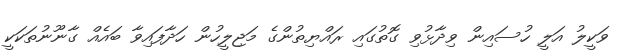
ވަކީލު އަލީ ހުސައިން ވިދާޅުވި ގޮތުގައި ރައްޔިތުންގެ މަޖިލީހުން ހަދާފައިވާ ބައެއް ގާނޫނުތަކަކީ